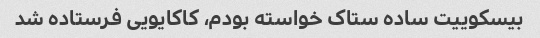
بیسکوییت ساده ستاک خواسته بودم، کاکایویی فرستاده شد